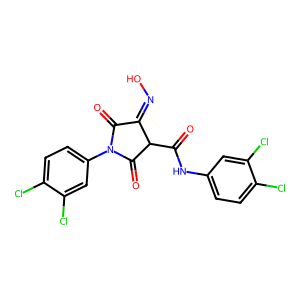
SMILES: O=C(Nc1ccc(Cl)c(Cl)c1)C1C(=O)N(c2ccc(Cl)c(Cl)c2)C(=O)C1=NO
Inhibits HIV replication: No